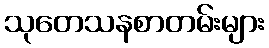
သုတေသနစာတမ်းများ